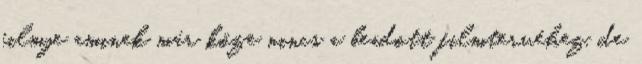
filmje aminek már köze nincs a beadott filmtervéhez, de